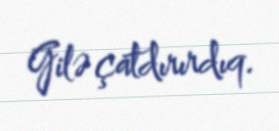
Gilə çatdırırdıq.